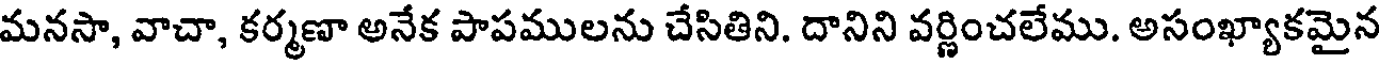
మనసా, వాచా, కర్మణా అనేక పాపములను చేసితిని. దానిని వర్ణించలేము. అసంఖ్యాకమైన